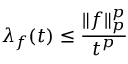
\lambda _ { f } ( t ) \leq { \frac { \| f \| _ { p } ^ { p } } { t ^ { p } } }